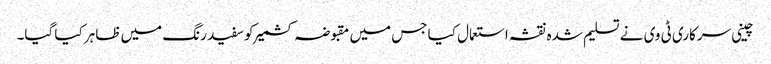
چینی سرکاری ٹی وی نے تسلیم شدہ نقشہ استعمال کیا جس میں مقبوضہ کشمیر کو سفید رنگ میں ظاہر کیا گیا۔